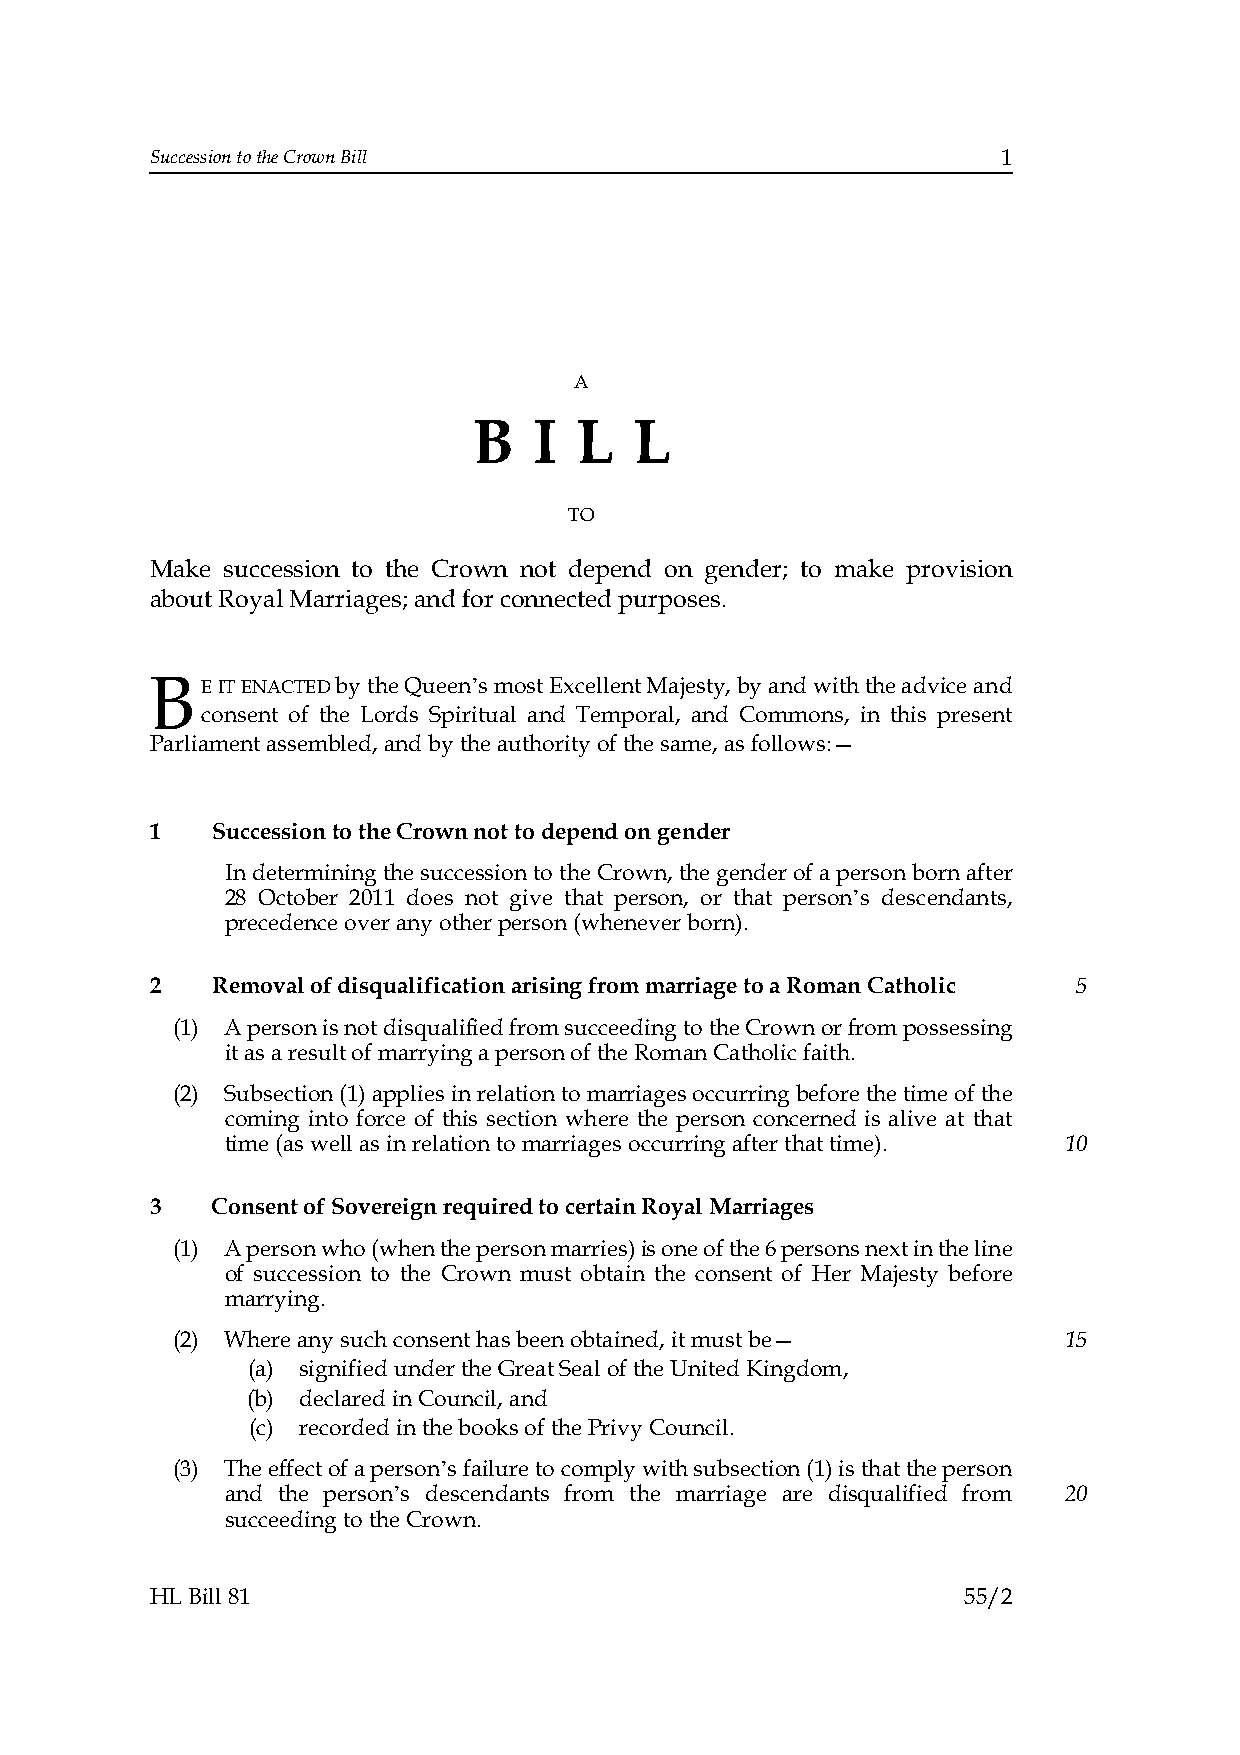
Succession to the Crown Bill                            1
 A
 B   I  L   L
 TO
 Make succession to the Crown not depend on gender; to make provision
 about Royal Marriages; and for connected purposes.
 BE  IT ENACTED by the Queen’s most Excellent Majesty, by and with the advice and
 consent of the Lords Spiritual and Temporal, and Commons, in this present
 Parliament assembled, and by the authority of the same, as follows:—
 1   Succession to the Crown not to depend on gender
 In determining the succession to the Crown, the gender of a person born after
 28 October 2011 does not give that person, or that person’s descendants,
 precedence over any other person (whenever born).
 2   Removal of disqualification arising from marriage to a Roman Catholic 5
 (1) A person is not disqualified from succeeding to the Crown or from possessing
 it as a result of marrying a person of the Roman Catholic faith.
 (2) Subsection (1) applies in relation to marriages occurring before the time of the
 coming into force of this section where the person concerned is alive at that
 time (as well as in relation to marriages occurring after that time). 10
 3   Consent of Sovereign required to certain Royal Marriages
 (1) A person who (when the person marries) is one of the 6 persons next in the line
 of succession to the Crown must obtain the consent of Her Majesty before
 marrying.
 (2) Where any such consent has been obtained, it must be—  15
 (a) signified under the Great Seal of the United Kingdom,
 (b) declared in Council, and
 (c) recorded in the books of the Privy Council.
 (3) The effect of a person’s failure to comply with subsection (1) is that the person
 and the person’s descendants from the marriage are disqualified from 20
 succeeding to the Crown.
 HL Bill 81                                            55/2